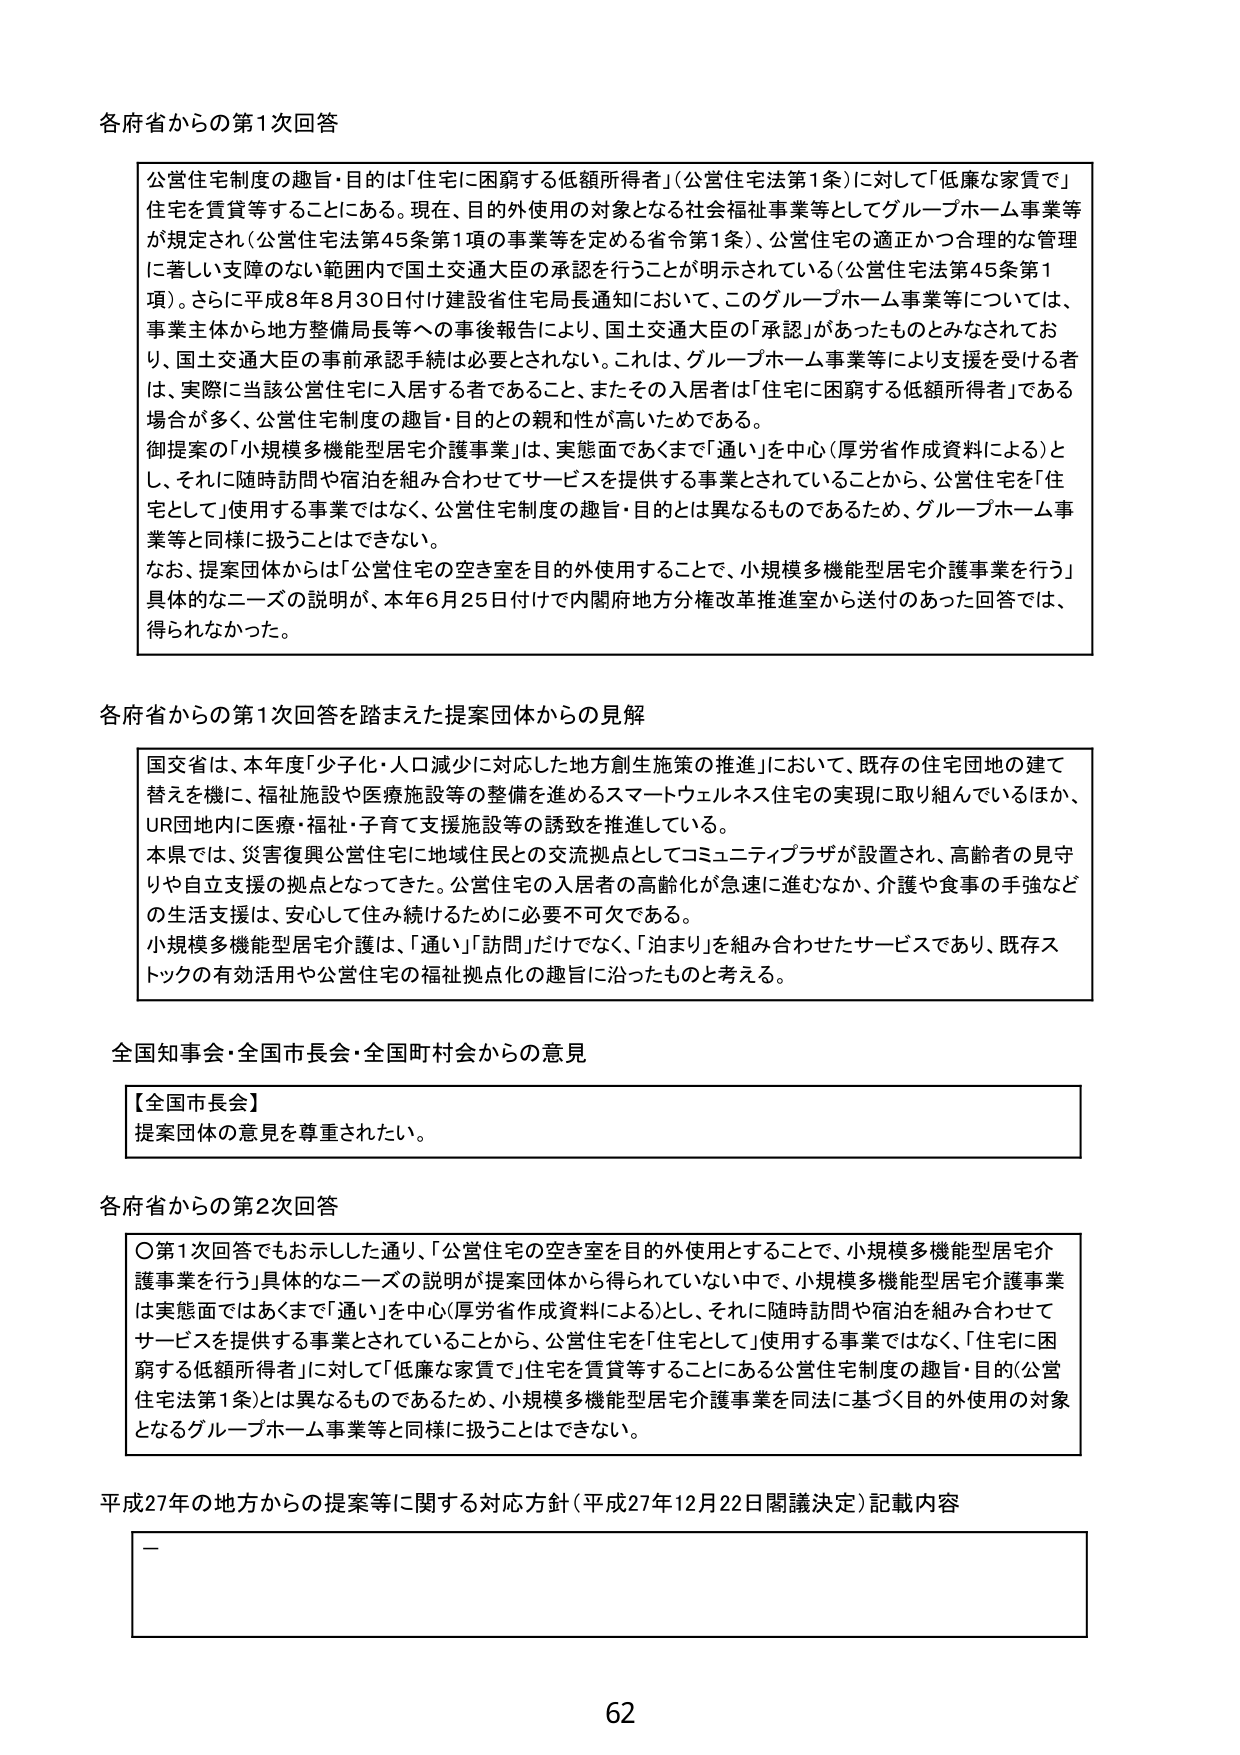
各府省からの第1次回答

公営住宅制度の趣旨・目的は「住宅に困窮する低額所得者」（公営住宅法第1条）に対して「低廉な家賃で」住宅を賃貸等することにある。現在、目的外使用の対象となる社会福祉事業等としてグループホーム事業等が規定され（公営住宅法第45条第1項の事業等を定める省令第1条）、公営住宅の適正かつ合理的な管理に著しい支障のない範囲内で国土交通大臣の承認を行うことが明示されている（公営住宅法第45条第1項）。さらに平成8年8月30日付け建設省住宅局長通知において、このグループホーム事業等については、事業主体から地方整備局長等への事後報告により、国土交通大臣の「承認」があったものとみなされており、国土交通大臣の事前承認手続は必要とされない。これは、グループホーム事業等により支援を受ける者は、実際に当該公営住宅に入居する者であること、またその入居者は「住宅に困窮する低額所得者」である場合が多く、公営住宅制度の趣旨・目的との親和性が高いためである。

御提案の「小規模多機能型居宅介護事業」は、実態面であくまで「通い」を中心（厚労省作成資料による）とし、それに随時訪問や宿泊を組み合わせてサービスを提供する事業とされていることから、公営住宅を「住宅として」使用する事業ではなく、公営住宅制度の趣旨・目的とは異なるものであるため、グループホーム事業等と同様に扱うことはできない。

なお、提案団体からは「公営住宅の空き室を目的外使用することで、小規模多機能型居宅介護事業を行う」具体的なニーズの説明が、本年6月25日付けで内閣府地方分権改革推進室から送付のあった回答では、得られなかった。

各府省からの第1次回答を踏まえた提案団体からの見解

国交省は、本年度「少子化・人口減少に対応した地方創生施策の推進」において、既存の住宅団地の建て替えを機に、福祉施設や医療施設等の整備を進めるスマートウェルネス住宅の実現に取り組んでいるほか、UR団地内に医療・福祉・子育て支援施設等の誘致を推進している。

本県では、災害復興公営住宅に地域住民との交流拠点としてコミュニティプラザが設置され、高齢者の見守りや自立支援の拠点となってきた。公営住宅の入居者の高齢化が急速に進むなか、介護や食事の手強などの生活支援は、安心して住み続けるために必要不可欠である。

小規模多機能型居宅介護は、「通い」「訪問」だけでなく、「泊まり」を組み合わせたサービスであり、既存ストックの有効活用や公営住宅の福祉拠点化の趣旨に沿ったものと考える。

全国知事会・全国市長会・全国町村会からの意見

【全国市長会】
提案団体の意見を尊重されたい。

各府省からの第2次回答

〇第1次回答でもお示しした通り、「公営住宅の空き室を目的外使用することで、小規模多機能型居宅介護事業を行う」具体的なニーズの説明が提案団体から得られていない中で、小規模多機能型居宅介護事業は実態面ではあくまで「通い」を中心（厚労省作成資料による）とし、それに随時訪問や宿泊を組み合わせてサービスを提供する事業とされていることから、公営住宅を「住宅として」使用する事業ではなく、「住宅に困窮する低額所得者」に対して「低廉な家賃で」住宅を賃貸等することにある公営住宅制度の趣旨・目的（公営住宅法第1条）とは異なるものであるため、小規模多機能型居宅介護事業を同法に基づく目的外使用の対象となるグループホーム事業等と同様に扱うことはできない。

平成27年の地方からの提案等に関する対応方針（平成27年12月22日閣議決定）記載内容

—

62